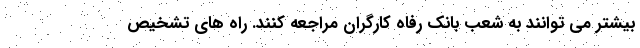
بیشتر می توانند به شعب بانک رفاه کارگران مراجعه کنند. راه های تشخیص